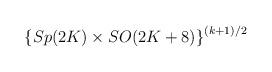
LaTeX: \begin{align*}\left \{ Sp(2K) \times SO(2K+8) \right \}^{(k+1)/2}\end{align*}